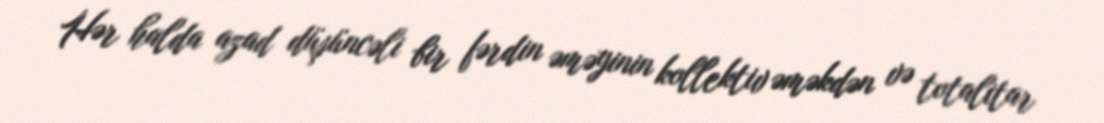
Hər halda azad düşüncəli bir fərdin əməyinin kollektiv əməkdən və totalitar